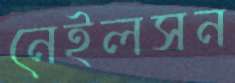
নেইলসন